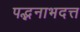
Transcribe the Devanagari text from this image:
पद्भनाभदत्त